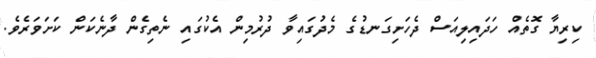
ކިރިޔާ ގޮތެއް ހަދައިލިއަސް ދެހަށިގަނޑުގެ މެދުގައިވާ ދުރުމިން އެކުގައި ނެތިގެން ދާނެކަން ކަށަވަރެވެ.